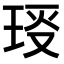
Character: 𤥙